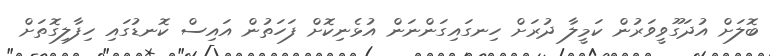
ބޮލަށް އުދަގޫވީވަރުން ކަމީލާ ދުރަށް ހިނގައިގަންނަން އުޅެނިކޮށް ފަހަތުން އައިސް ކޮނޑުގައި ހިފާލިގޮތަށް